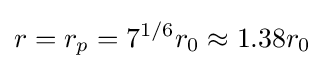
r=r_{p}=7^{1/6}r_{0}\approx 1.38r_{0}